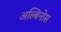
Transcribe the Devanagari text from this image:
अल्बिनोस